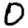
Digit: 0